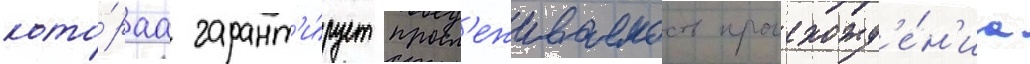
кото́раа гарант'и́рует просл'еживаемость происхожд'е́н'иа